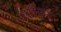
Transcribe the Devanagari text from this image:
इंदिरारत्‍न